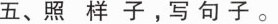
五、照样子，写句子。